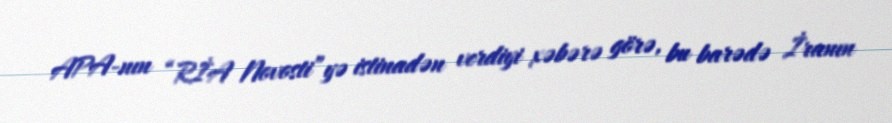
APA-nın “RİA Novosti”yə istinadən verdiyi xəbərə görə, bu barədə İranın